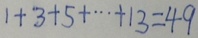
1 + 3 + 5 + \cdots + 1 3 = 4 9